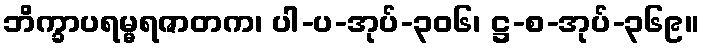
ဘိက္ခာပရမ္မရဇာတက၊ ပါ-ပ-အုပ်-၃၀၆၊ ဋ္ဌ-စ-အုပ်-၃၆၉။